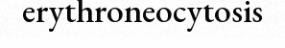
erythroneocytosis